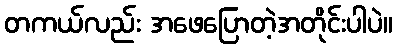
တကယ်လည်း အဖေပြောတဲ့အတိုင်းပါပဲ။